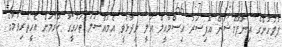
ފުލުހުންގެ އިންފޮމޭޝަން އޮފިސަރު އިސްމާއީލް އަލީ ވިދާޅުވީ އެމައްސަލަ ތަހުގީގު ކުރުމަށް އެހީތެރިވުމުގެ